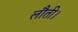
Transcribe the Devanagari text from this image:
लौती।